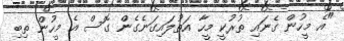
"އެ މީހުން ގެނައި ތުރުކީ މީހާ އަތުލައިގަނެގެން ގޮސް އެ މީހުން ތިބި